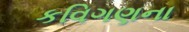
કવિગણના